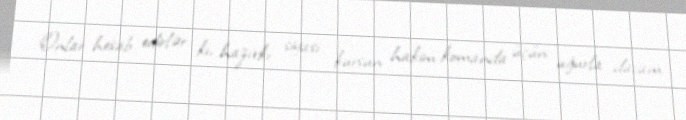
Onlar hesab edirlər ki, hazırkı siyasi kursun hakim komanda üçün uğurla davam